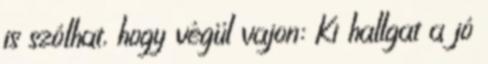
is szólhat, hogy végül vajon: Ki hallgat a jó